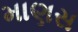
માણસ